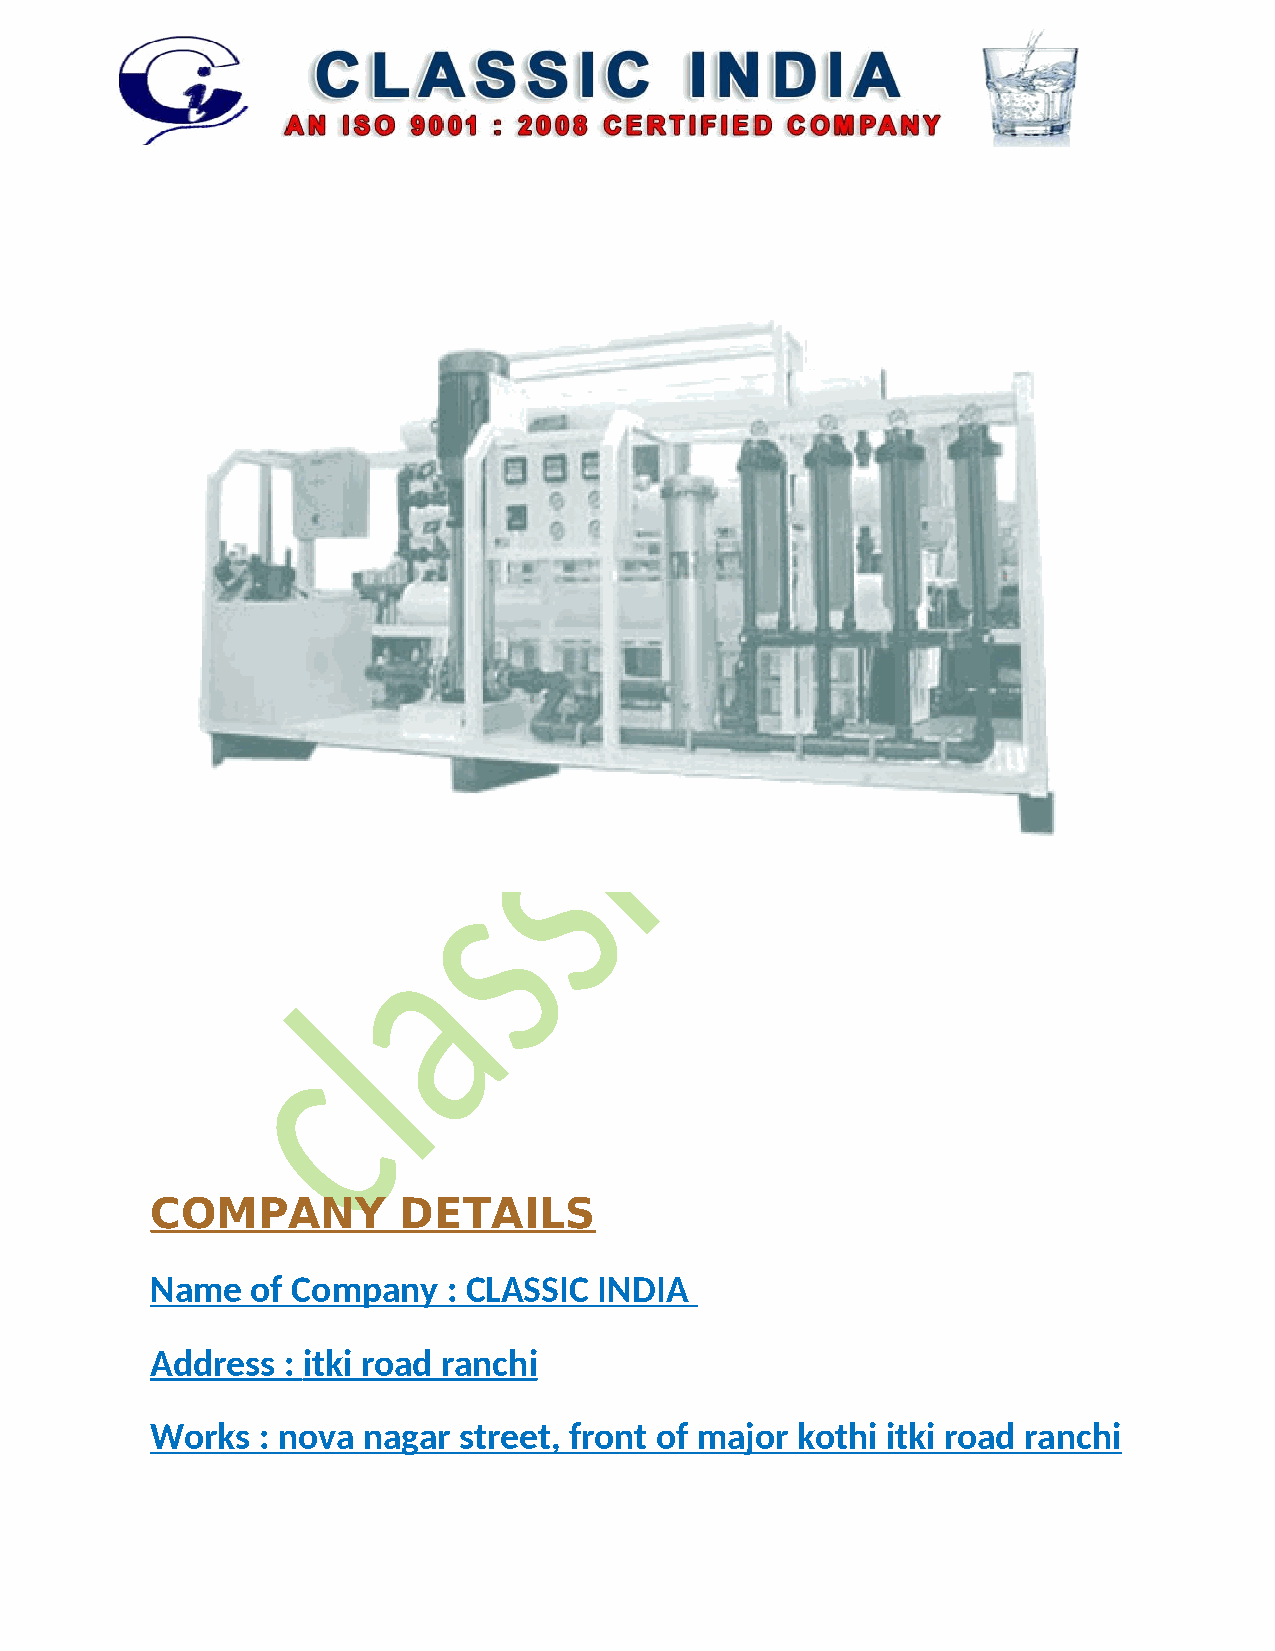
COMPANY         DETAILS
 Name   of Company   : CLASSIC INDIA
 Address  : itki road ranchi
 Works  : nova nagar street, front of major kothi itki road ranchi